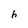
Character: h